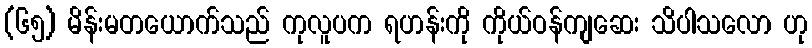
(၆၅) မိန်းမတယောက်သည် ကုလူပက ရဟန်းကို ကိုယ်ဝန်ကျဆေး သိပါသလော ဟု